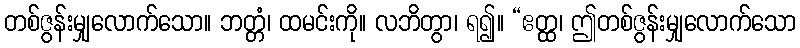
တစ်ဇွန်းမျှလောက်သော။ ဘတ္တံ၊ ထမင်းကို။ လဘိတွာ၊ ရ၍။ “ဧတ္ထ၊ ဤတစ်ဇွန်းမျှလောက်သော